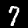
Label: 7